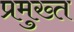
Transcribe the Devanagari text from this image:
प्रमुख्त